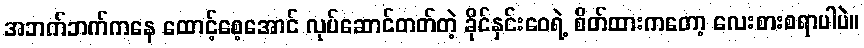
အဘက်ဘက်ကနေ ထောင့်စေ့အောင် လုပ်ဆောင်တတ်တဲ့ ခိုင်နှင်းဝေရဲ့ စိတ်ထားကတော့ လေးစားစရာပါပဲ။